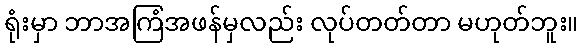
ရုံးမှာ ဘာအကြံအဖန်မှလည်း လုပ်တတ်တာ မဟုတ်ဘူး။